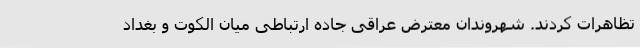
تظاهرات کردند. شهروندان معترض عراقی جاده ارتباطی میان الکوت و بغداد